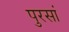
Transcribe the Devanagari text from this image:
पुरसां